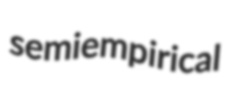
semiempirical